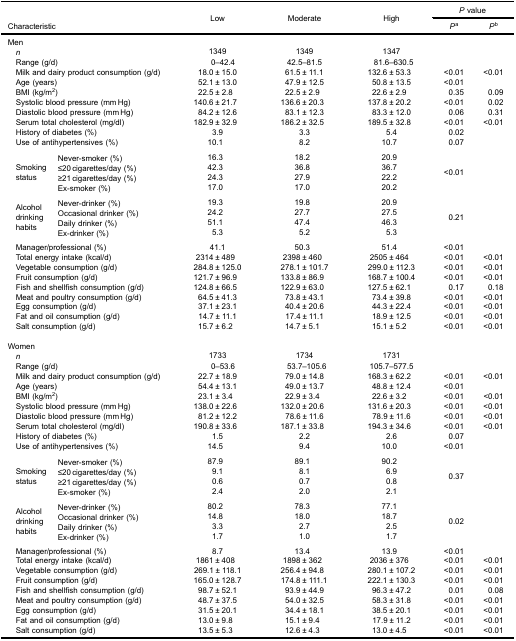
<table><thead><tr><td rowspan="2" colspan="2"><b> </b></td><td rowspan="3"><b>Low</b></td><td rowspan="3"><b>Moderate</b></td><td rowspan="3"><b>High</b></td><td colspan="2"><b><i>P</i> value</b></td></tr><tr><td colspan="2"><b>Characteristic</b></td><td><b><i>P</i><sup>a</sup></b></td><td><b><i>P</i><sup>b</sup></b></td></tr></thead><tbody><tr><td colspan="7">Men</td></tr><tr><td colspan="2"> <i>n</i></td><td>1349</td><td>1349</td><td>1347</td><td> </td><td> </td></tr><tr><td colspan="2"> Range (g/d)</td><td>0–42.4</td><td>42.5–81.5</td><td>81.6–630.5</td><td> </td><td> </td></tr><tr><td colspan="2"> Milk and dairy product consumption (g/d)</td><td>18.0 ± 15.0</td><td>61.5 ± 11.1</td><td>132.6 ± 53.3</td><td>&lt;0.01</td><td>&lt;0.01</td></tr><tr><td colspan="2"> Age (years)</td><td>52.1 ± 13.0</td><td>47.9 ± 12.5</td><td>50.8 ± 13.5</td><td>&lt;0.01</td><td> </td></tr><tr><td colspan="2"> BMI (kg/m<sup>2</sup>)</td><td>22.5 ± 2.8</td><td>22.5 ± 2.9</td><td>22.6 ± 2.9</td><td>0.35</td><td>0.09</td></tr><tr><td colspan="2"> Systolic blood pressure (mm Hg)</td><td>140.6 ± 21.7</td><td>136.6 ± 20.3</td><td>137.8 ± 20.2</td><td>&lt;0.01</td><td>0.02</td></tr><tr><td colspan="2"> Diastolic blood pressure (mm Hg)</td><td>84.2 ± 12.6</td><td>83.1 ± 12.3</td><td>83.3 ± 12.0</td><td>0.06</td><td>0.31</td></tr><tr><td colspan="2"> Serum total cholesterol (mg/dl)</td><td>182.9 ± 32.9</td><td>186.2 ± 32.5</td><td>189.5 ± 32.8</td><td>&lt;0.01</td><td>&lt;0.01</td></tr><tr><td colspan="2"> History of diabetes (%)</td><td>3.9</td><td>3.3</td><td>5.4</td><td>0.02</td><td> </td></tr><tr><td colspan="2"> Use of antihypertensives (%)</td><td>10.1</td><td>8.2</td><td>10.7</td><td>0.07</td><td> </td></tr><tr><td colspan="7"> </td></tr><tr><td rowspan="4"> Smoking status</td><td>Never-smoker (%)</td><td>16.3</td><td>18.2</td><td>20.9</td><td rowspan="4">&lt;0.01</td><td> </td></tr><tr><td>≤20 cigarettes/day (%)</td><td>42.3</td><td>36.8</td><td>36.7</td><td> </td></tr><tr><td>≥21 cigarettes/day (%)</td><td>24.3</td><td>27.9</td><td>22.2</td><td> </td></tr><tr><td>Ex-smoker (%)</td><td>17.0</td><td>17.0</td><td>20.2</td><td> </td></tr><tr><td colspan="7"> </td></tr><tr><td rowspan="4"> Alcohol drinking habits</td><td>Never-drinker (%)</td><td>19.3</td><td>19.8</td><td>20.9</td><td rowspan="4">0.21</td><td> </td></tr><tr><td>Occasional drinker (%)</td><td>24.2</td><td>27.7</td><td>27.5</td><td> </td></tr><tr><td>Daily drinker (%)</td><td>51.1</td><td>47.4</td><td>46.3</td><td> </td></tr><tr><td>Ex-drinker (%)</td><td>5.3</td><td>5.2</td><td>5.3</td><td> </td></tr><tr><td colspan="7"> </td></tr><tr><td colspan="2"> Manager/professional (%)</td><td>41.1</td><td>50.3</td><td>51.4</td><td>&lt;0.01</td><td> </td></tr><tr><td colspan="2"> Total energy intake (kcal/d)</td><td>2314 ± 489</td><td>2398 ± 460</td><td>2505 ± 464</td><td>&lt;0.01</td><td>&lt;0.01</td></tr><tr><td colspan="2"> Vegetable consumption (g/d)</td><td>284.8 ± 125.0</td><td>278.1 ± 101.7</td><td>299.0 ± 112.3</td><td>&lt;0.01</td><td>&lt;0.01</td></tr><tr><td colspan="2"> Fruit consumption (g/d)</td><td>121.7 ± 96.9</td><td>133.8 ± 86.9</td><td>168.7 ± 100.4</td><td>&lt;0.01</td><td>&lt;0.01</td></tr><tr><td colspan="2"> Fish and shellfish consumption (g/d)</td><td>124.8 ± 66.5</td><td>122.9 ± 63.0</td><td>127.5 ± 62.1</td><td>0.17</td><td>0.18</td></tr><tr><td colspan="2"> Meat and poultry consumption (g/d)</td><td>64.5 ± 41.3</td><td>73.8 ± 43.1</td><td>73.4 ± 39.8</td><td>&lt;0.01</td><td>&lt;0.01</td></tr><tr><td colspan="2"> Egg consumption (g/d)</td><td>37.1 ± 23.1</td><td>40.4 ± 20.6</td><td>44.3 ± 22.4</td><td>&lt;0.01</td><td>&lt;0.01</td></tr><tr><td colspan="2"> Fat and oil consumption (g/d)</td><td>14.7 ± 11.1</td><td>17.4 ± 11.1</td><td>18.9 ± 12.5</td><td>&lt;0.01</td><td>&lt;0.01</td></tr><tr><td colspan="2"> Salt consumption (g/d)</td><td>15.7 ± 6.2</td><td>14.7 ± 5.1</td><td>15.1 ± 5.2</td><td>&lt;0.01</td><td>&lt;0.01</td></tr><tr><td colspan="7"> </td></tr><tr><td colspan="7">Women</td></tr><tr><td colspan="2"> <i>n</i></td><td>1733</td><td>1734</td><td>1731</td><td> </td><td> </td></tr><tr><td colspan="2"> Range (g/d)</td><td>0–53.6</td><td>53.7–105.6</td><td>105.7–577.5</td><td> </td><td> </td></tr><tr><td colspan="2"> Milk and dairy product consumption (g/d)</td><td>22.7 ± 18.9</td><td>79.0 ± 14.8</td><td>168.3 ± 62.2</td><td>&lt;0.01</td><td>&lt;0.01</td></tr><tr><td colspan="2"> Age (years)</td><td>54.4 ± 13.1</td><td>49.0 ± 13.7</td><td>48.8 ± 12.4</td><td>&lt;0.01</td><td> </td></tr><tr><td colspan="2"> BMI (kg/m<sup>2</sup>)</td><td>23.1 ± 3.4</td><td>22.9 ± 3.4</td><td>22.6 ± 3.2</td><td>&lt;0.01</td><td>&lt;0.01</td></tr><tr><td colspan="2"> Systolic blood pressure (mm Hg)</td><td>138.0 ± 22.6</td><td>132.0 ± 20.6</td><td>131.6 ± 20.3</td><td>&lt;0.01</td><td>&lt;0.01</td></tr><tr><td colspan="2"> Diastolic blood pressure (mm Hg)</td><td>81.2 ± 12.2</td><td>78.6 ± 11.6</td><td>78.9 ± 11.6</td><td>&lt;0.01</td><td>&lt;0.01</td></tr><tr><td colspan="2"> Serum total cholesterol (mg/dl)</td><td>190.8 ± 33.6</td><td>187.1 ± 33.8</td><td>194.3 ± 34.6</td><td>&lt;0.01</td><td>&lt;0.01</td></tr><tr><td colspan="2"> History of diabetes (%)</td><td>1.5</td><td>2.2</td><td>2.6</td><td>0.07</td><td> </td></tr><tr><td colspan="2"> Use of antihypertensives (%)</td><td>14.5</td><td>9.4</td><td>10.0</td><td>&lt;0.01</td><td> </td></tr><tr><td colspan="7"> </td></tr><tr><td rowspan="4"> Smoking status</td><td>Never-smoker (%)</td><td>87.9</td><td>89.1</td><td>90.2</td><td rowspan="4">0.37</td><td> </td></tr><tr><td>≤20 cigarettes/day (%)</td><td>9.1</td><td>8.1</td><td>6.9</td><td> </td></tr><tr><td>≥21 cigarettes/day (%)</td><td>0.6</td><td>0.7</td><td>0.8</td><td> </td></tr><tr><td>Ex-smoker (%)</td><td>2.4</td><td>2.0</td><td>2.1</td><td> </td></tr><tr><td colspan="7"> </td></tr><tr><td rowspan="4"> Alcohol drinking habits</td><td>Never-drinker (%)</td><td>80.2</td><td>78.3</td><td>77.1</td><td rowspan="4">0.02</td><td> </td></tr><tr><td>Occasional drinker (%)</td><td>14.8</td><td>18.0</td><td>18.7</td><td> </td></tr><tr><td>Daily drinker (%)</td><td>3.3</td><td>2.7</td><td>2.5</td><td> </td></tr><tr><td>Ex-drinker (%)</td><td>1.7</td><td>1.0</td><td>1.7</td><td> </td></tr><tr><td colspan="7"> </td></tr><tr><td colspan="2"> Manager/professional (%)</td><td>8.7</td><td>13.4</td><td>13.9</td><td>&lt;0.01</td><td> </td></tr><tr><td colspan="2"> Total energy intake (kcal/d)</td><td>1861 ± 408</td><td>1898 ± 362</td><td>2036 ± 376</td><td>&lt;0.01</td><td>&lt;0.01</td></tr><tr><td colspan="2"> Vegetable consumption (g/d)</td><td>269.1 ± 118.1</td><td>256.4 ± 94.8</td><td>280.1 ± 107.2</td><td>&lt;0.01</td><td>&lt;0.01</td></tr><tr><td colspan="2"> Fruit consumption (g/d)</td><td>165.0 ± 128.7</td><td>174.8 ± 111.1</td><td>222.1 ± 130.3</td><td>&lt;0.01</td><td>&lt;0.01</td></tr><tr><td colspan="2"> Fish and shellfish consumption (g/d)</td><td>98.7 ± 52.1</td><td>93.9 ± 44.9</td><td>96.3 ± 47.2</td><td>0.01</td><td>0.08</td></tr><tr><td colspan="2"> Meat and poultry consumption (g/d)</td><td>48.7 ± 37.5</td><td>54.0 ± 32.5</td><td>58.3 ± 31.8</td><td>&lt;0.01</td><td>&lt;0.01</td></tr><tr><td colspan="2"> Egg consumption (g/d)</td><td>31.5 ± 20.1</td><td>34.4 ± 18.1</td><td>38.5 ± 20.1</td><td>&lt;0.01</td><td>&lt;0.01</td></tr><tr><td colspan="2"> Fat and oil consumption (g/d)</td><td>13.0 ± 9.8</td><td>15.1 ± 9.4</td><td>17.9 ± 11.2</td><td>&lt;0.01</td><td>&lt;0.01</td></tr><tr><td colspan="2"> Salt consumption (g/d)</td><td>13.5 ± 5.3</td><td>12.6 ± 4.3</td><td>13.0 ± 4.5</td><td>&lt;0.01</td><td>&lt;0.01</td></tr></tbody></table>